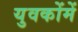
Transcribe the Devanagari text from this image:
युवकोंमें